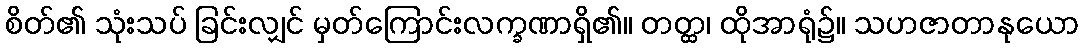
စိတ်၏ သုံးသပ် ခြင်းလျှင် မှတ်ကြောင်းလက္ခဏာရှိ၏။ တတ္ထ၊ ထိုအာရုံ၌။ သဟဇာတာနုယော